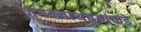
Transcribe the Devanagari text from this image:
जगन्नाथबुवांकडे